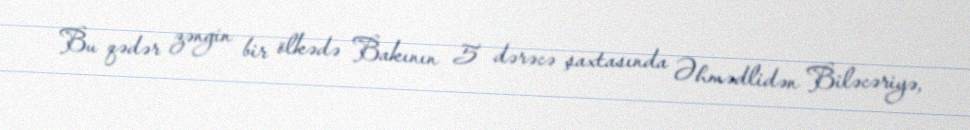
Bu qədər zəngin bir ölkədə Bakının 5 dərəcə şaxtasında Əhmədlidən Biləcəriyə,